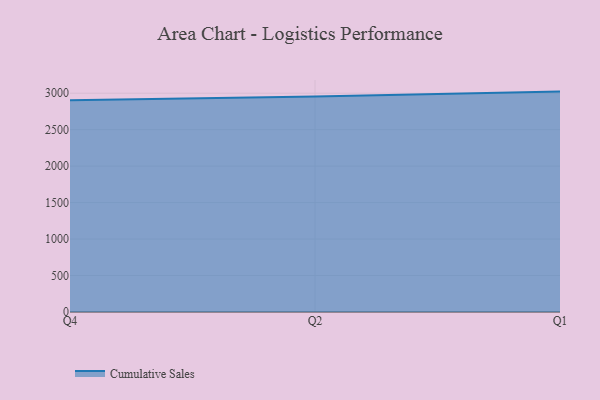
{"axis": {"x": "Quarter", "y": "Bounce Rate (%)"}, "legend": ["Cumulative Sales"], "data": [{"x": "Q4", "y": 2903.0, "type": "Cumulative Sales"}, {"x": "Q2", "y": 2954.4, "type": "Cumulative Sales"}, {"x": "Q1", "y": 3021.6, "type": "Cumulative Sales"}]}